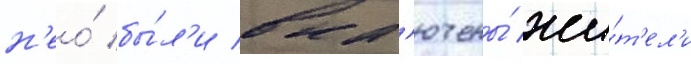
н'ео́ бы́л'и вкл'ючены́ жи́т'ел'и